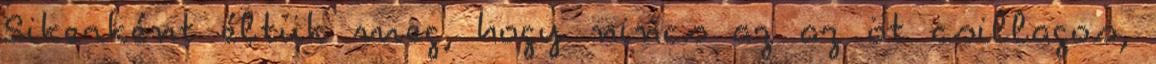
Sikerként éltük meg, hogy nincs az az öt csillagos,